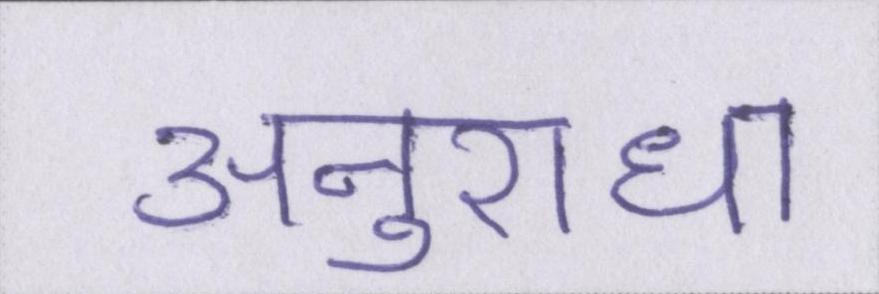
अनुराधा